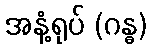
အနံ့ရုပ် (ဂန္ဓ)